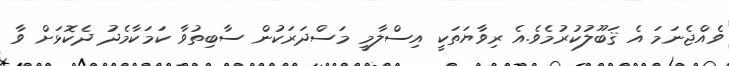
ވެއްޖެނަމަ އެ ޤަބޫލުކުރުމެވެ.އެ ރިވާޔަތަކީ އިސްލާމީ މަސްދަރަކުން ސާބިތުވާ ކަމަކާމެދު ދެކޮޅަށް ވާ